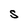
Character: S